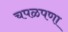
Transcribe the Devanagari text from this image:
चपळपणा